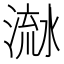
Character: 𣹭